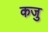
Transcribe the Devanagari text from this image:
कजु